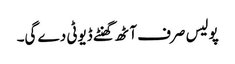
پولیس صرف آٹھ گھنٹے ڈیوٹی دے گی۔